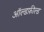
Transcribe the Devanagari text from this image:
ऑल्डफ़ील्ड